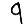
Digit: 9